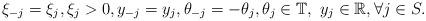
LaTeX: \begin{align*}\xi_{-j}=\xi_j, \xi_j>0, y_{-j}=y_{j}, \theta_{-j}=-\theta_j, \theta_j\in\mathbb{T},\,\, y_j\in\mathbb{R}, \forall j\in S.\end{align*}